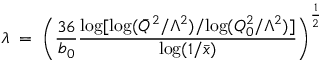
\lambda \; = \; \left( \frac { 3 6 } { b _ { 0 } } \frac { \mathrm { l o g } [ \mathrm { l o g } ( \bar { Q } ^ { 2 } / \Lambda ^ { 2 } ) / \mathrm { l o g } ( Q _ { 0 } ^ { 2 } / \Lambda ^ { 2 } ) ] } { \mathrm { l o g } ( 1 / \bar { x } ) } \right) ^ { \frac { 1 } { 2 } }